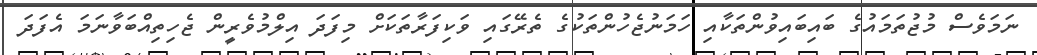
ނަމަވެސް މުޖުތަމައުގެ ބައިބައިވުންތަކާއި ހަމަނުޖެހުންތަކުގެ ތެރޭގައި ވަކިފަރާތަކަށް މިފަދަ އިލްމުވެރީން ޖެހިތިއްބަވާނަމަ އެފަދަ